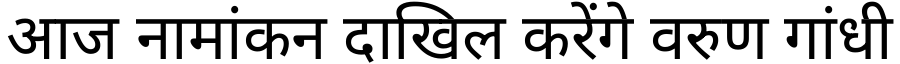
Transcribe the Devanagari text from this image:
आज नामांकन दाखिल करेंगे वरुण गांधी